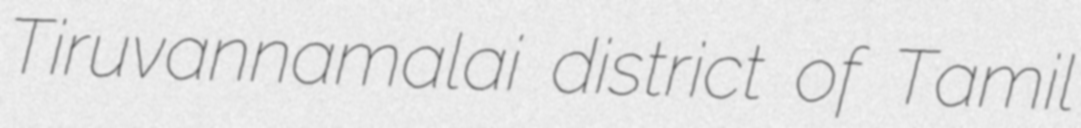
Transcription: Tiruvannamalai district of Tamil